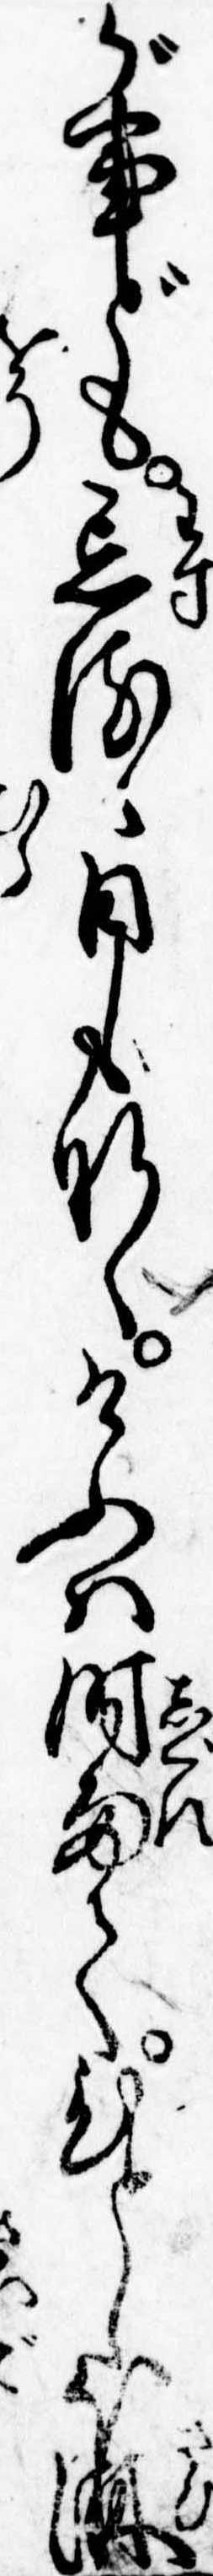
が事ども忘るゝ日もなくけふは時雨てひとしほ淋